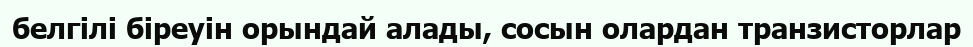
белгілі біреуін орындай алады, сосын олардан транзисторлар